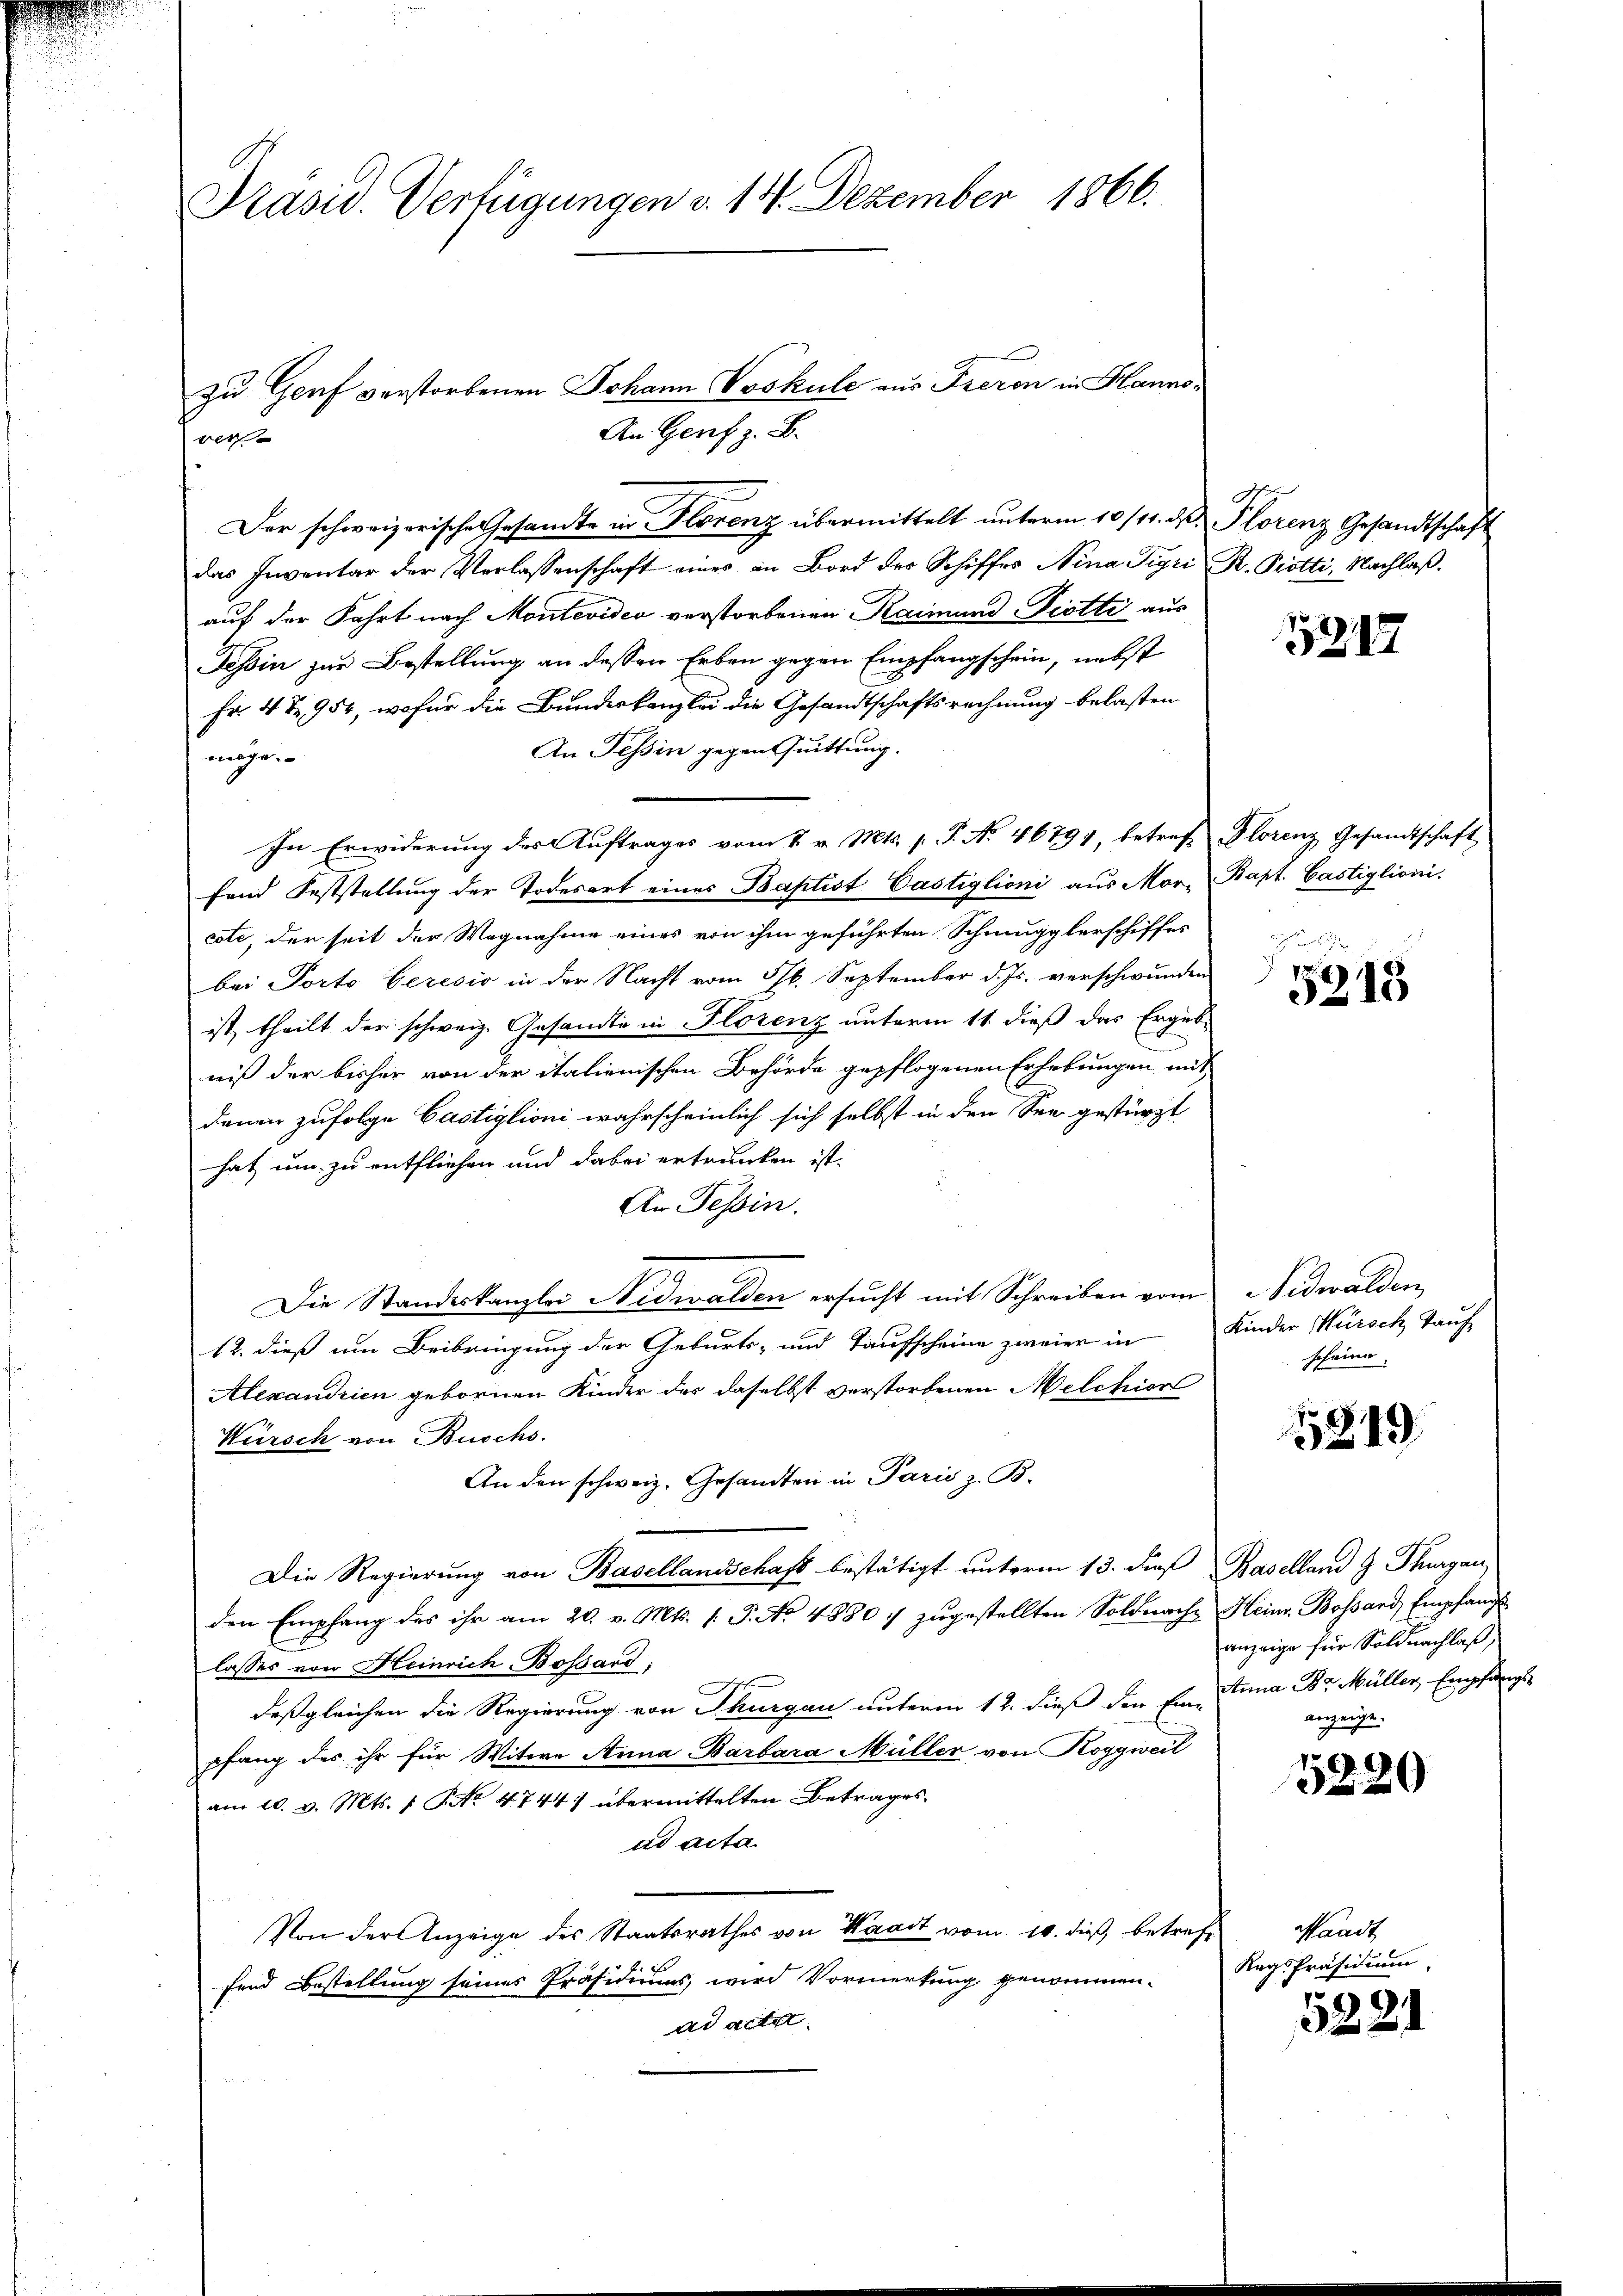
Präsid. Verfügungen v. 14. Dezember 1866.

Der schweizerische Gesandte in Florenz übermittelt unterm 10/11. d. Plorenz Gesandtschaft
das Inventar der Verlassenschaft eines an Bord der Schiffes Nina Sigri R. Piotti, Nachlaßauf der Fahrt nach Montevideo verstorbenen Raimund Piotti aus
Tessin zur Bestellung an dessen Erben gegen Empfangschein, nebst
Fr. 4 & 954, wofür die Bundeskanzlei die Gesandtschaftsrechnung belasten
An Tessin gegen Quittung.
möge.
In Erwiderung des Auftrages vom 8. v. Mts. s. P. No. 46791, betreff Florenz Gesandtschaft
fand Feststellung der Todesart eines Baptist Castiglioni aus Mor. Bapt. Castiglioni.
cote, der seit der Wegnahme eines von ihm geführten Schmugglerschiffes
bei Porto Geresio in der Nacht vom 5/6. September d. Js. verschwunden
ist, theilt der schweiz. Gesandte in Florenz unterm 11. dieß das Ergebniß der bisher von der italienischen Behörde gepflogenen Erhebungen mit
denen zufolge Castiglioni wahrscheinlich sich selbst in den See gestürzt
hat um zu entfliehen und dabei ertrunken ist.
An Tessin.
Die Standeskanzlei Nidwalden ersucht mit Schreiben vom
12. dieß um Beibringung der Geburts- und Taufscheine zweier in
Alexandrien gebornen Kinder des daselbst verstorbenen Melchior
Würsch von Buschs.
An den schweiz. Gesandten in Paris z. B.
Die Regierung von Basellandschaft bestätigt unterm 13. dieß Baselland z. Thurgau
den Empfang des ihr am 20. v. Mts. 1. J. No 4880 :/ zugestellten Soldnach Heinr. Bossard Empfangs-
lasses von Heinrich Bossard:
deßgleichen die Regierung von Thurgau unterm 12. dieß den Ein Anna Dr. Müller, Empfangs-
pfang des ihr für Witwe Anna Barbara Müller von Roggweil
 am 20. v. Mts. 1. No 4744) übermittelten Betrages.
ad acta.
Von der Anzeige des Staatsrathes von Waadt vom 10. dieß, betreff
fend Bestellung seines Präsidiums, wird Vormerkung genommen.
ad acte

zu Genf verstorbenen Johann Voskule aus Freren in Hanns¬
An Genf z. B.
ber

5217

5215

Nidwalden
Kinder Mürsch Tauf
scheine

5819

anzeige für Soldnachlaß,
anzeige.

5220

Waadt
KagsPräsidium

5221